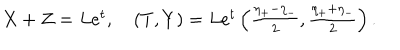
LaTeX: \begin{array} { l } { { X + Z = L e ^ { t } , \quad ( T , Y ) = L e ^ { t } \left( \frac { \eta _ { + } - \eta _ { - } } { 2 } , \frac { \eta _ { + } + \eta _ { - } } { 2 } \right) . } } \\ \end{array}